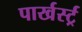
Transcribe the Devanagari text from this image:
पार्खर्स्ट्र